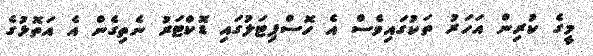
މީގެ ކުރިން އަހަރު ތަކުގައިވެސް އެ ހޮސްޕިޓަލުގައި ޑޮކްޓަރު ނެތިގެން އެ އަތޮޅުގެ